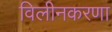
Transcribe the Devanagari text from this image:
विलीनकरणा